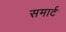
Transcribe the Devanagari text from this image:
समार्ट